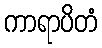
ကာရာပိတံ